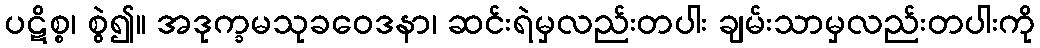
ပဋိစ္စ၊ စွဲ၍။ အဒုက္ခမသုခဝေဒနာ၊ ဆင်းရဲမှလည်းတပါး ချမ်းသာမှလည်းတပါးကို